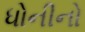
ધોનીનો